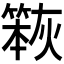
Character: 𮅹